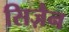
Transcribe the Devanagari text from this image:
सिज़ैन